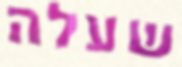
שעלה